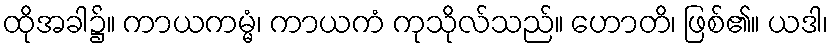
ထိုအခါ၌။ ကာယကမ္မံ၊ ကာယကံ ကုသိုလ်သည်။ ဟောတိ၊ ဖြစ်၏။ ယဒါ၊